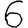
Digit: 6